Vaccination report Assam 1896-1927 - 1896-1927
Year: 1896
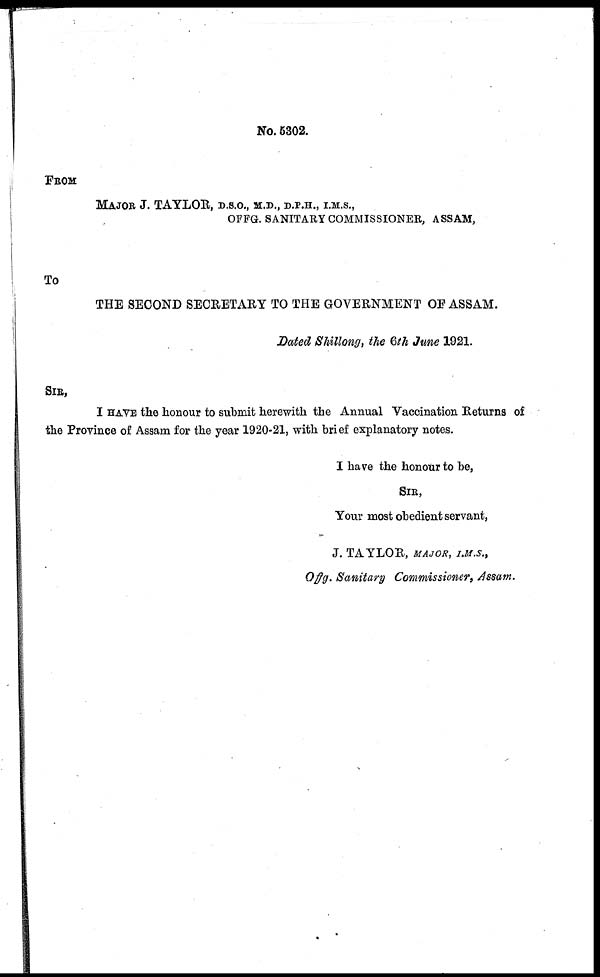
No. 5302.
FROM
MAJOR J. TAYLOR, D.S.O., M.D., D.P.H., I.M.S.,
OFFG. SANITARY COMMISSIONER, ASSAM,
To
THE SECOND SECRETARY TO THE GOVERNMENT OF ASSAM.
Dated Shillong, the 6th June 1921.
SIR,
I HAVE the honour to submit herewith the Annual Vaccination Returns of
the Province of Assam for the year 1920-21, with brief explanatory notes.
I have the honour to be,
SIR,
Your most obedient servant,
J. TAYLOR, MAJOR, I.M.S.,
Offg. Sanitary Commissioner, Assam.